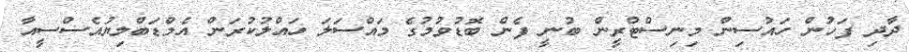
ދާދި ފަހުން ހައުސިން މިނިސްޓްރީން ބުނީ ފެން ބޮޑުވުމުގެ މައްސަލަ ހައްލުކުރަން އެމްޑަބްލިޔުއެސްސީއާ